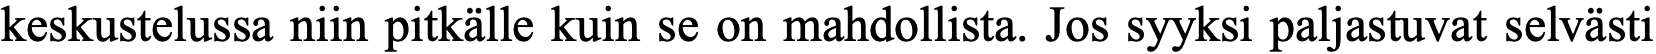
keskustelussa niin pitkälle kuin se on mahdollista. Jos syyksi paljastuvat selvästi